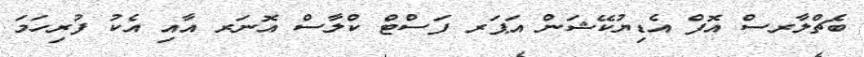
ބެޗްލާރސް އޮފް އެޑިޔުކޭޝަން އަޕަރ ފަސްޓް ކްލާސް އޮނަރ އާއި އެކު ފުރިހަމަ